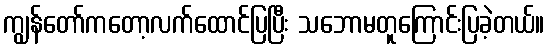
ကျွန်တော်ကတော့လက်ထောင်ပြပြီး သဘောမတူကြောင်းပြခဲ့တယ်။